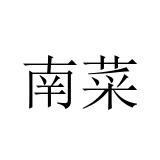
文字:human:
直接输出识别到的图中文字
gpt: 南菜